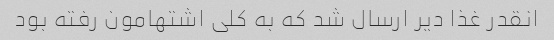
انقدر غذا دیر ارسال شد که به کلی اشتهامون رفته بود